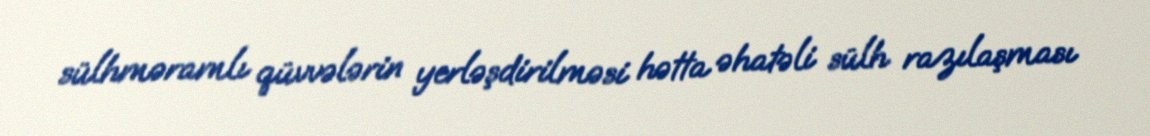
sülhməramlı qüvvələrin yerləşdirilməsi hətta əhatəli sülh razılaşması